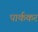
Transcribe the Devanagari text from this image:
पार्ककर